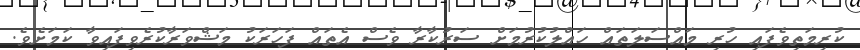
ކުރިމަތިވެފައި ހުރި މައްސަލަތައް ހައްލުކުރުމަށް ސަރުކާރާ ވެސް އެތައް ފަހަރަކު މަޝްވަރާކުރެވިފައިވާ ކަމަށެވެ.